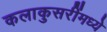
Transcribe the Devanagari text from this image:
कलाकुसरींमध्ये